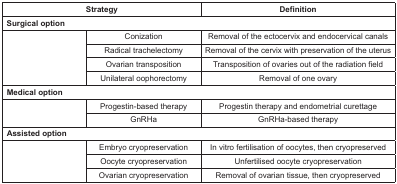
<table><thead><tr><td colspan="2"><b>Strategy</b></td><td><b>Definition</b></td></tr></thead><tbody><tr><td colspan="3"><b>Surgical option</b></td></tr><tr><td rowspan="4"></td><td>Conization</td><td>Removal of the ectocervix and endocervical canals</td></tr><tr><td>Radical trachelectomy</td><td>Removal of the cervix with preservation of the uterus</td></tr><tr><td>Ovarian transposition</td><td>Transposition of ovaries out of the radiation field</td></tr><tr><td>Unilateral oophorectomy</td><td>Removal of one ovary</td></tr><tr><td colspan="3"><b>Medical option</b></td></tr><tr><td rowspan="2"></td><td>Progestin-based therapy</td><td>Progestin therapy and endometrial curettage</td></tr><tr><td>GnRHa</td><td>GnRHa-based therapy</td></tr><tr><td colspan="3"><b>Assisted option</b></td></tr><tr><td rowspan="3"></td><td>Embryo cryopreservation</td><td>In vitro fertilisation of oocytes, then cryopreserved</td></tr><tr><td>Oocyte cryopreservation</td><td>Unfertilised oocyte cryopreservation</td></tr><tr><td>Ovarian cryopreservation</td><td>Removal of ovarian tissue, then cryopreserved</td></tr></tbody></table>